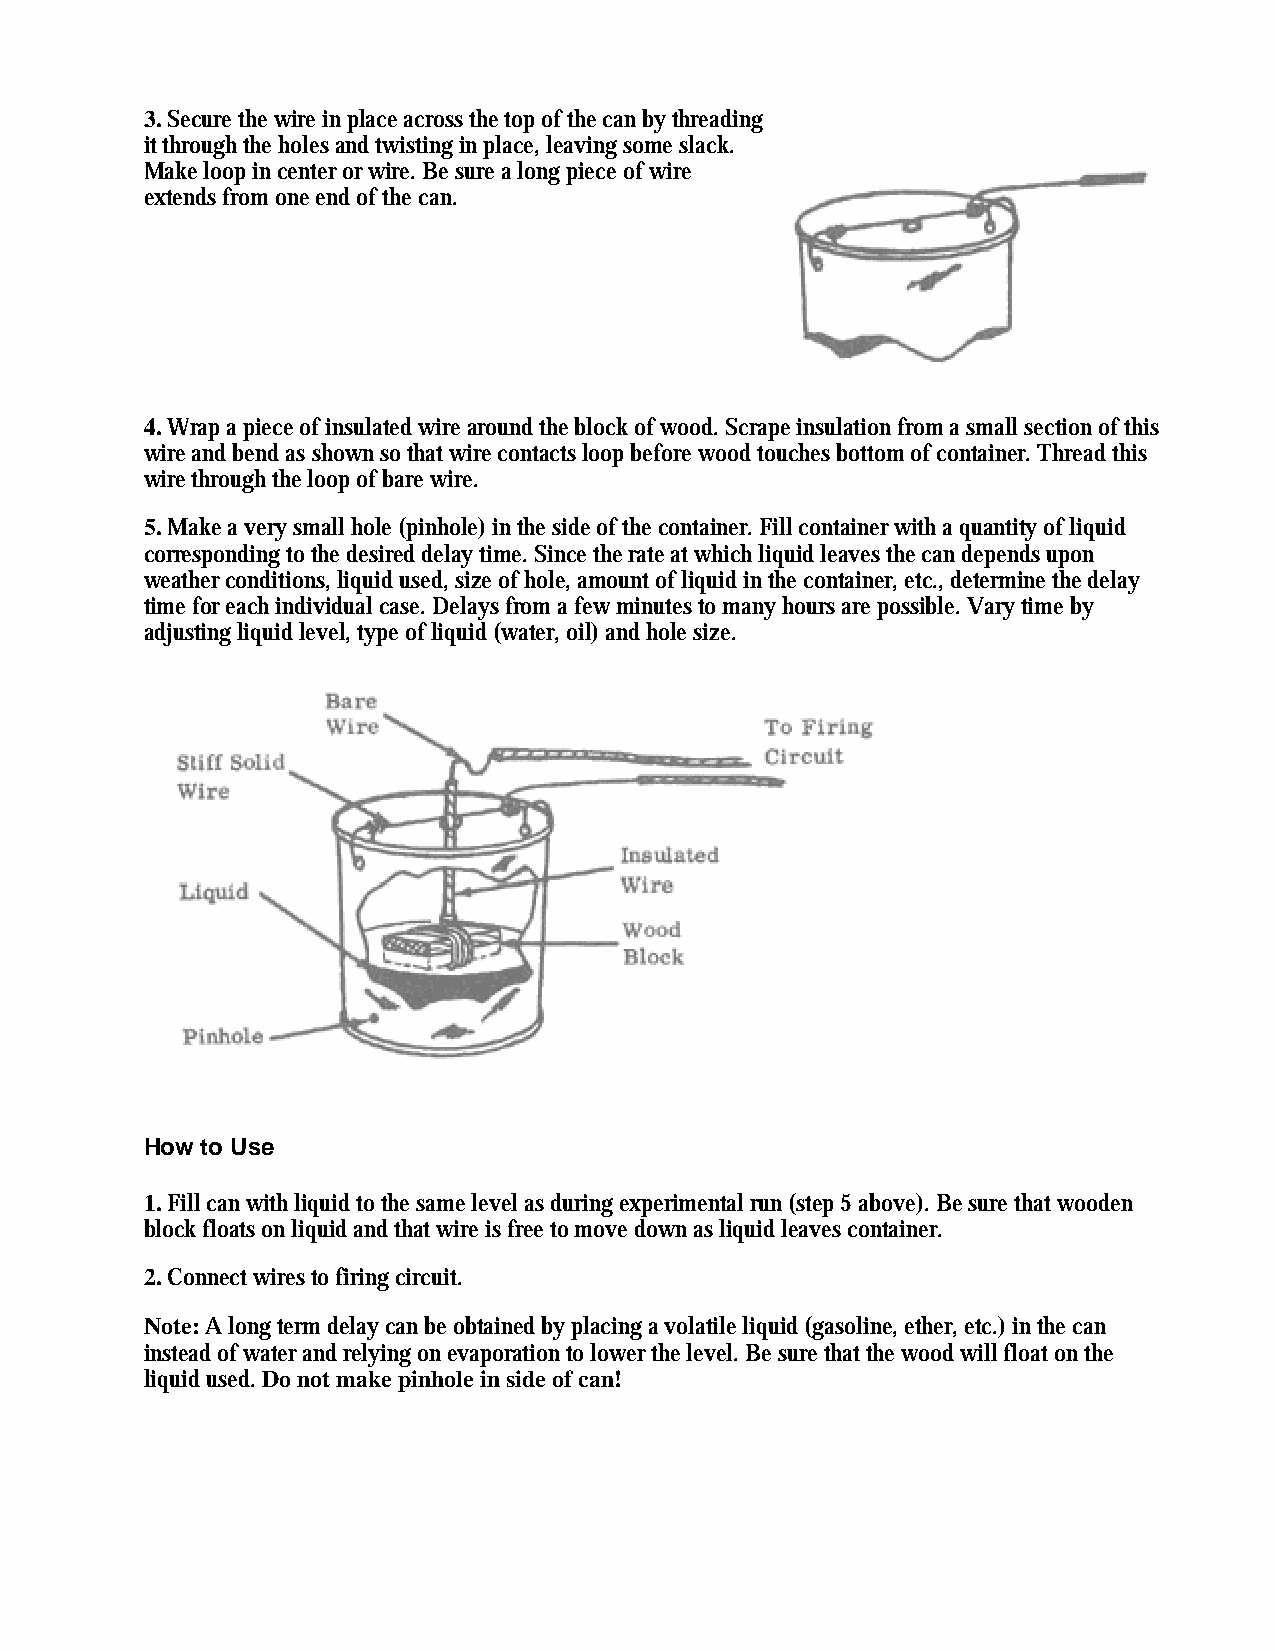
3. Secure the wire in place across the top of the can by threading
 it through the holes and twisting in place, leaving some slack.
 Make loop in center or wire. Be sure a long piece of wire
 extends from one end of the can.
 4. Wrap a piece of insulated wire around the block of wood. Scrape insulation from a small section of this
 wire and bend as shown so that wire contacts loop before wood touches bottom of container. Thread this
 wire through the loop of bare wire.
 5. Make a very small hole (pinhole) in the side of the container. Fill container with a quantity of liquid
 corresponding to the desired delay time. Since the rate at which liquid leaves the can depends upon
 weather conditions, liquid used, size of hole, amount of liquid in the container, etc., determine the delay
 time for each individual case. Delays from a few minutes to many hours are possible. Vary time by
 adjusting liquid level, type of liquid (water, oil) and hole size.
 How to Use
 1. Fill can with liquid to the same level as during experimental run (step 5 above). Be sure that wooden
 block floats on liquid and that wire is free to move down as liquid leaves container.
 2. Connect wires to firing circuit.
 Note: A long term delay can be obtained by placing a volatile liquid (gasoline, ether, etc.) in the can
 instead of water and relying on evaporation to lower the level. Be sure that the wood will float on the
 liquid used. Do not make pinhole in side of can!